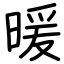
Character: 暖